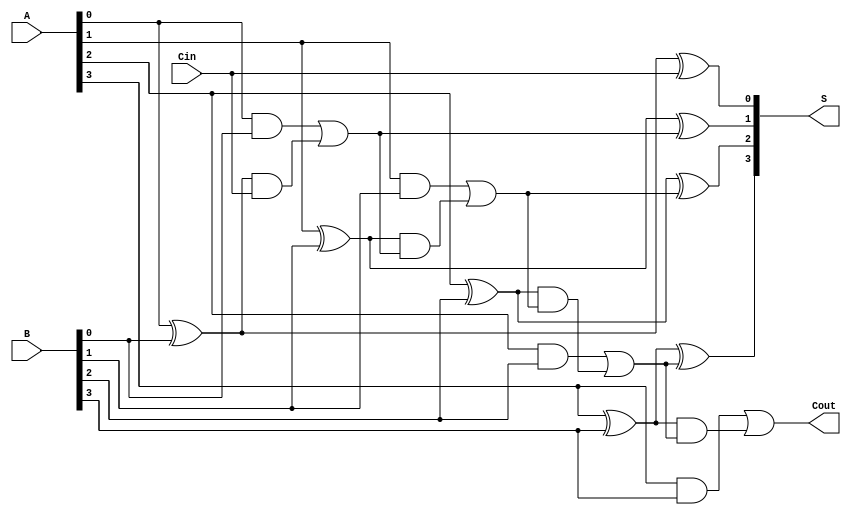
module CarryLookaheadAdder #(parameter n = 4) (
    input [n-1:0] A,      // n-bit input A
    input [n-1:0] B,      // n-bit input B
    input Cin,            // Carry-in
    output [n-1:0] S,     // n-bit sum output
    output Cout           // Carry-out
);

    // Generate and Propagate signals
    wire [n-1:0] G;  // Generate signals
    wire [n-1:0] P;  // Propagate signals
    wire [n:0] C;    // Carry signals

    // Generate and Propagate calculations
    genvar i;
    generate
        for (i = 0; i < n; i = i + 1) begin: generate_propagate
            assign G[i] = A[i] & B[i];      // Gi = Ai & Bi
            assign P[i] = A[i] ^ B[i];      // Pi = Ai ^ Bi
        end
    endgenerate

    // Carry calculations
    assign C[0] = Cin;  // C0 = Cin

    generate
        for (i = 1; i <= n; i = i + 1) begin: carry_calculation
            assign C[i] = G[i-1] | (P[i-1] & C[i-1]);
        end
    endgenerate

    // Sum calculations
    generate
        for (i = 0; i < n; i = i + 1) begin: sum_calculation
            assign S[i] = P[i] ^ C[i];  // Si = Pi ^ Ci
        end
    endgenerate

    // Final Carry-out
    assign Cout = C[n];  // Cout = Cn

endmodule